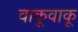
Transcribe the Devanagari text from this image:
वाकूवाकू